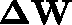
\mathbf { \Delta W }